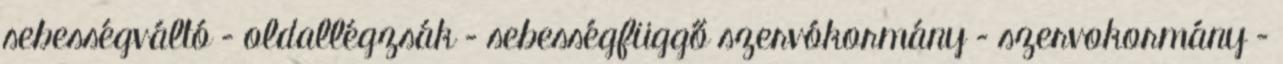
sebességváltó – oldallégzsák – sebességfüggő szervókormány – szervokormány –